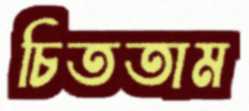
চিততাম